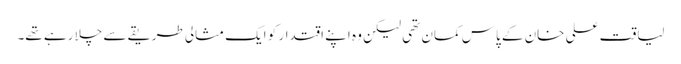
لیاقت علی خان کے پاس کمان تھی لیکن وہ اپنے اقتدار کو ایک مثالی طریقے سے چلا رہے تھے۔